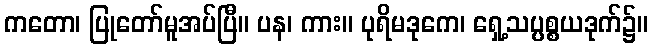
ကတော၊ ပြုတော်မူအပ်ပြီ။ ပန၊ ကား။ ပုရိမဒုကေ၊ ရှေ့သပ္ပစ္စယဒုက်၌။